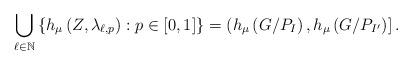
LaTeX: \begin{align*}\bigcup_{\ell\in\mathbb{N}}\left\{ h_{\mu}\left(Z,\lambda_{\ell,p}\right):p\in[0,1]\right\} =\left(h_{\mu}\left(G/P_{I}\right),h_{\mu}\left(G/P_{I'}\right)\right].\end{align*}